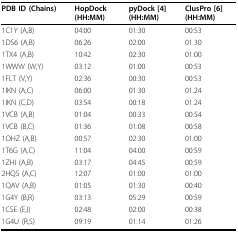
<table><thead><tr><td><b>PDB ID (Chains)</b></td><td><b>HopDock (HH:MM)</b></td><td><b>pyDock [4](HH:MM)</b></td><td><b>ClusPro [6](HH:MM)</b></td></tr></thead><tbody><tr><td>1C1Y (A,B)</td><td>04:00</td><td>01:30</td><td>00:53</td></tr><tr><td>1DS6 (A,B)</td><td>06:26</td><td>02:00</td><td>01.30</td></tr><tr><td>1TX4 (A,B)</td><td>10:42</td><td>02:30</td><td>01:00</td></tr><tr><td>1WWW (W,Y)</td><td>03:12</td><td>01:00</td><td>00:53</td></tr><tr><td>1FLT (V,Y)</td><td>02:36</td><td>00:30</td><td>00:53</td></tr><tr><td>1IKN (A,C)</td><td>06:00</td><td>01:30</td><td>01.24</td></tr><tr><td>1IKN (C,D)</td><td>03:54</td><td>00:18</td><td>01.24</td></tr><tr><td>1VCB (A,B)</td><td>01:04</td><td>00:33</td><td>00.54</td></tr><tr><td>1VCB (B,C)</td><td>01:36</td><td>01:08</td><td>00:58</td></tr><tr><td>1OHZ (A,B)</td><td>00:57</td><td>02:30</td><td>01:00</td></tr><tr><td>1T6G (A,C)</td><td>11:04</td><td>04:00</td><td>00:59</td></tr><tr><td>1ZHI (A,B)</td><td>03:17</td><td>04:45</td><td>00:59</td></tr><tr><td>2HQS (A,C)</td><td>12:07</td><td>01:00</td><td>01:00</td></tr><tr><td>1QAV (A,B)</td><td>01:05</td><td>01:30</td><td>00:40</td></tr><tr><td>1G4Y (B,R)</td><td>03:13</td><td>05:29</td><td>00:59</td></tr><tr><td>1CSE (E,I)</td><td>02:48</td><td>02:00</td><td>00:38</td></tr><tr><td>1G4U (R,S)</td><td>09:19</td><td>01:14</td><td>01:26</td></tr></tbody></table>